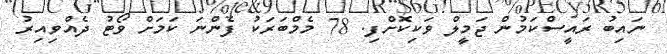
ނައިބު ރައީސްކަމުން ޖަމީލް ވަކިކޮށްފި. 78 މެމްބަރަކު ފެންނަ ކަމަށް ވޯޓު ދެއްވިއިރު